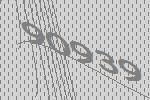
90939